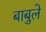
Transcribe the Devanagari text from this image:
बाबुले